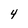
Character: 4